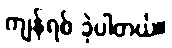
ကျန်ရစ် ခဲ့ပါတယ်။